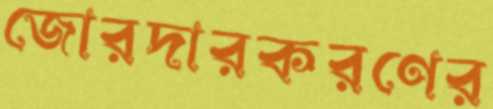
জোরদারকরণের